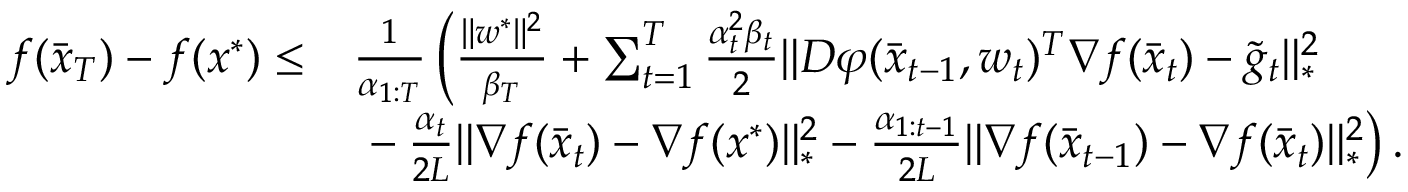
\begin{array} { r l } { f ( \bar { x } _ { T } ) - f ( x ^ { * } ) \leq } & { \frac { 1 } { \alpha _ { 1 : T } } \left( \frac { \| w ^ { * } \| ^ { 2 } } { \beta _ { T } } + \sum _ { t = 1 } ^ { T } \frac { \alpha _ { t } ^ { 2 } \beta _ { t } } { 2 } \| D \varphi ( \bar { x } _ { t - 1 } , w _ { t } ) ^ { T } \nabla f ( \bar { x } _ { t } ) - \tilde { g } _ { t } \| _ { * } ^ { 2 } \right. } \\ & { \left. \vphantom { \sum _ { t = 1 } ^ { T } } - \frac { \alpha _ { t } } { 2 L } \| \nabla f ( \bar { x } _ { t } ) - \nabla f ( x ^ { * } ) \| _ { * } ^ { 2 } - \frac { \alpha _ { 1 : t - 1 } } { 2 L } \| \nabla f ( \bar { x } _ { t - 1 } ) - \nabla f ( \bar { x } _ { t } ) \| _ { * } ^ { 2 } \right) . } \end{array}